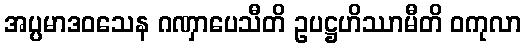
အပ္ပမာဒဝသေန ဂဏှာပေသီတိ ဥပဋ္ဌဟိဿာမီတိ ဝကုလာ